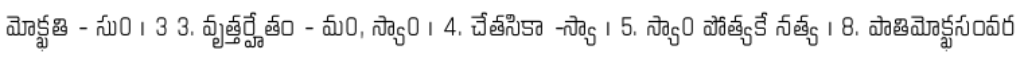
మోక్ఖతి - సు0 । 3 3. వృత్తర్హేతం - మ0, స్యా0 । 4. చేతసికా -స్యా । 5. స్యా0 పోత్యకే నత్య । 8. పాతిమోక్ఖసంవర